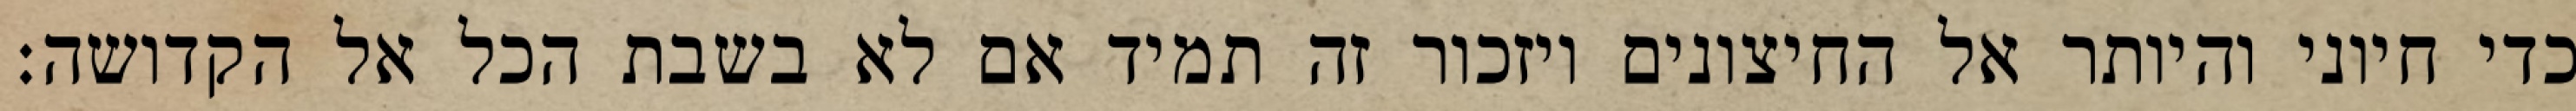
כדי חיוני והיותר אל החיצונים ויזכור זה תמיד אם לא בשבת הכל אל הקדושה: